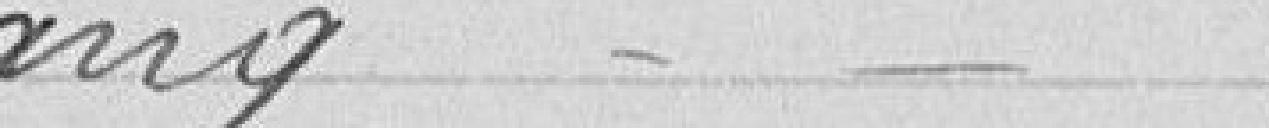
Lang